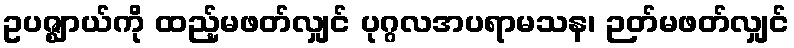
ဥပဇ္ဈာယ်ကို ထည့်မဖတ်လျှင် ပုဂ္ဂလအပရာမသန၊ ဉတ်မဖတ်လျှင်